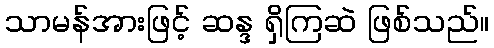
သာမန်အားဖြင့် ဆန္ဒ ရှိကြဆဲ ဖြစ်သည်။